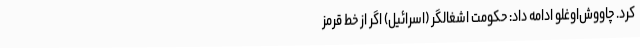
کرد. چاووش‌اوغلو ادامه داد: حکومت اشغالگر (اسرائیل) اگر از خط قرمز